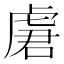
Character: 𰲣